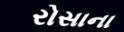
રોસાના